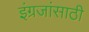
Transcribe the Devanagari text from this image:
इंग्रजांसाठी